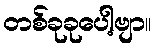
တစ်ခုခုပေါ့ဗျာ။